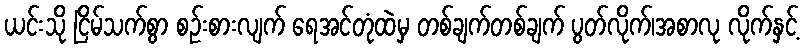
ယင်းသို ငြိမ်သက်စွာ စဉ်းစားလျက် ရေအင်တုံထဲမှ တစ်ချက်တစ်ချက် ပွတ်လိုက်၊အစာလု လိုက်နှင့်